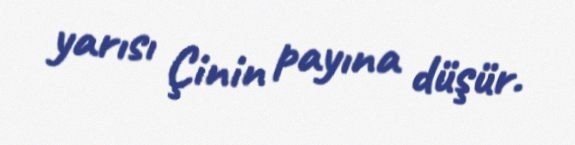
yarısı Çinin payına düşür.